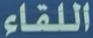
اللقاء